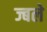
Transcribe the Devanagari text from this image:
ज्बले